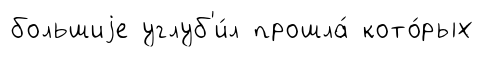
большиjе углуб'и́л прошла́ кото́рых